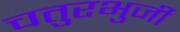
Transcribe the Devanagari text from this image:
चतुरभुर्जी